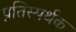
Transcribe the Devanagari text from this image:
प्रतिस्पर्थक